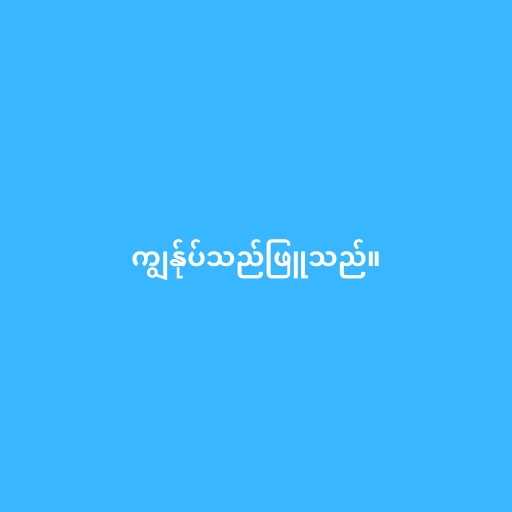
ကျွန်ုပ်သည်ဖြူသည်။